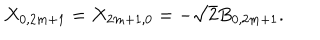
X _ { 0 , 2 m + 1 } = X _ { 2 m + 1 , 0 } = - \sqrt { 2 } B _ { 0 , 2 m + 1 } .